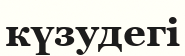
күзудегі